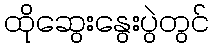
ထိုဆွေးနွေးပွဲတွင်